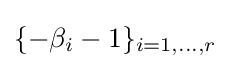
\{-\beta _{i}-1\}_{i=1,\dots ,r}